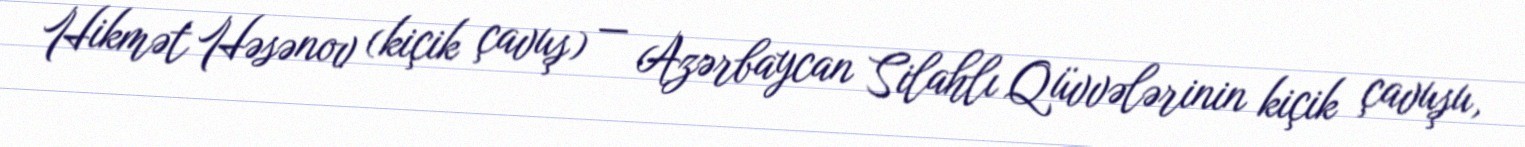
Hikmət Həsənov (kiçik çavuş) — Azərbaycan Silahlı Qüvvələrinin kiçik çavuşu,